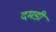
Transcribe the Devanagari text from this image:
दमडी